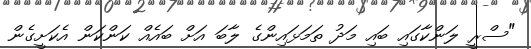
"ސްރީ ލަންކާގައި ބައި މަދު ތަމަޅައިންގެ ލާބަ އަށް ބައެއް ކަންކަން އެކަށީގެން